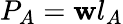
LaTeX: P_{A}=\mathbf{w}l_{A}